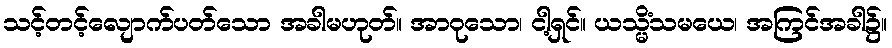
သင့်တင့်လျောက်ပတ်သော အခါမဟုတ်။ အာဝုသော၊ ငါ့ရှင်။ ယသ္မိံသမယေ၊ အကြင်အခါ၌။